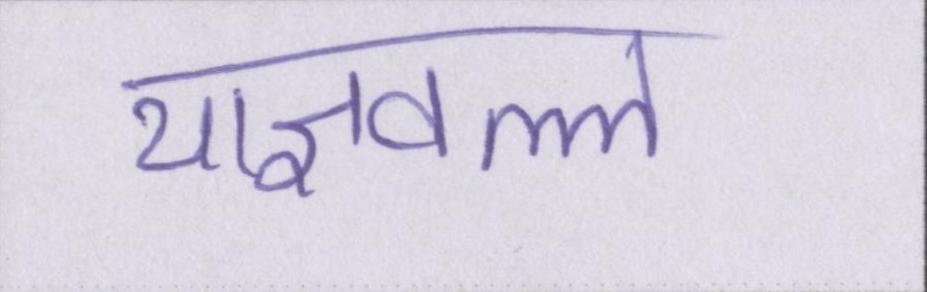
याज्ञवल्ल